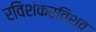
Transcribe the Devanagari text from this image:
रविशंकरविश्व